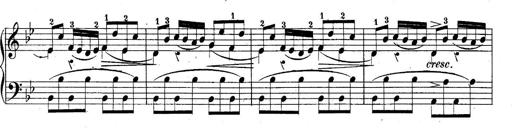
Title: 10 Sonatines progressives
Composer: Anton Schmoll